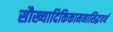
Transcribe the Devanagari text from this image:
सौख्यादिकिकामनासिद्धयर्थ